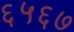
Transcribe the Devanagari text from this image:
६५६७